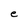
Character: e